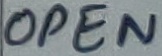
Text: OPEN